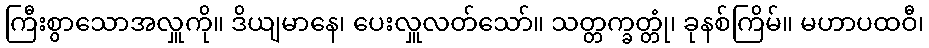
ကြီးစွာသောအလှူကို။ ဒိယျမာနေ၊ ပေးလှူလတ်သော်။ သတ္တက္ခတ္တုံ၊ ခုနစ်ကြိမ်။ မဟာပထဝီ၊